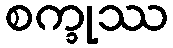
စက္ခုဿ